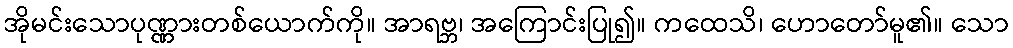
အိုမင်းသောပုဏ္ဏားတစ်ယောက်ကို။ အာရဗ္ဘ၊ အကြောင်းပြု၍။ ကထေသိ၊ ဟောတော်မူ၏။ သော